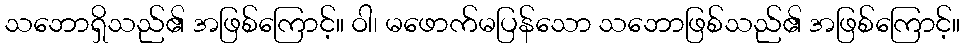
သဘောရှိသည်၏ အဖြစ်ကြောင့်။ ဝါ၊ မဖောက်မပြန်သော သဘောဖြစ်သည်၏ အဖြစ်ကြောင့်။